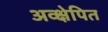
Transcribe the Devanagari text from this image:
अव्क्षेपित